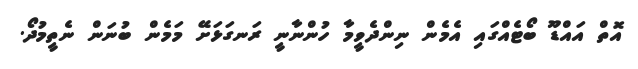
އޮތް އައްޑޫ ބޯޓެއްގައި އެމެން ނިންދެވީމާ ހުންނާނީ ރަނގަޅަށޭ މަމެން ބުނަން ނެތީމުދޯ.